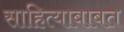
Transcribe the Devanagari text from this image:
साहित्याबाबत